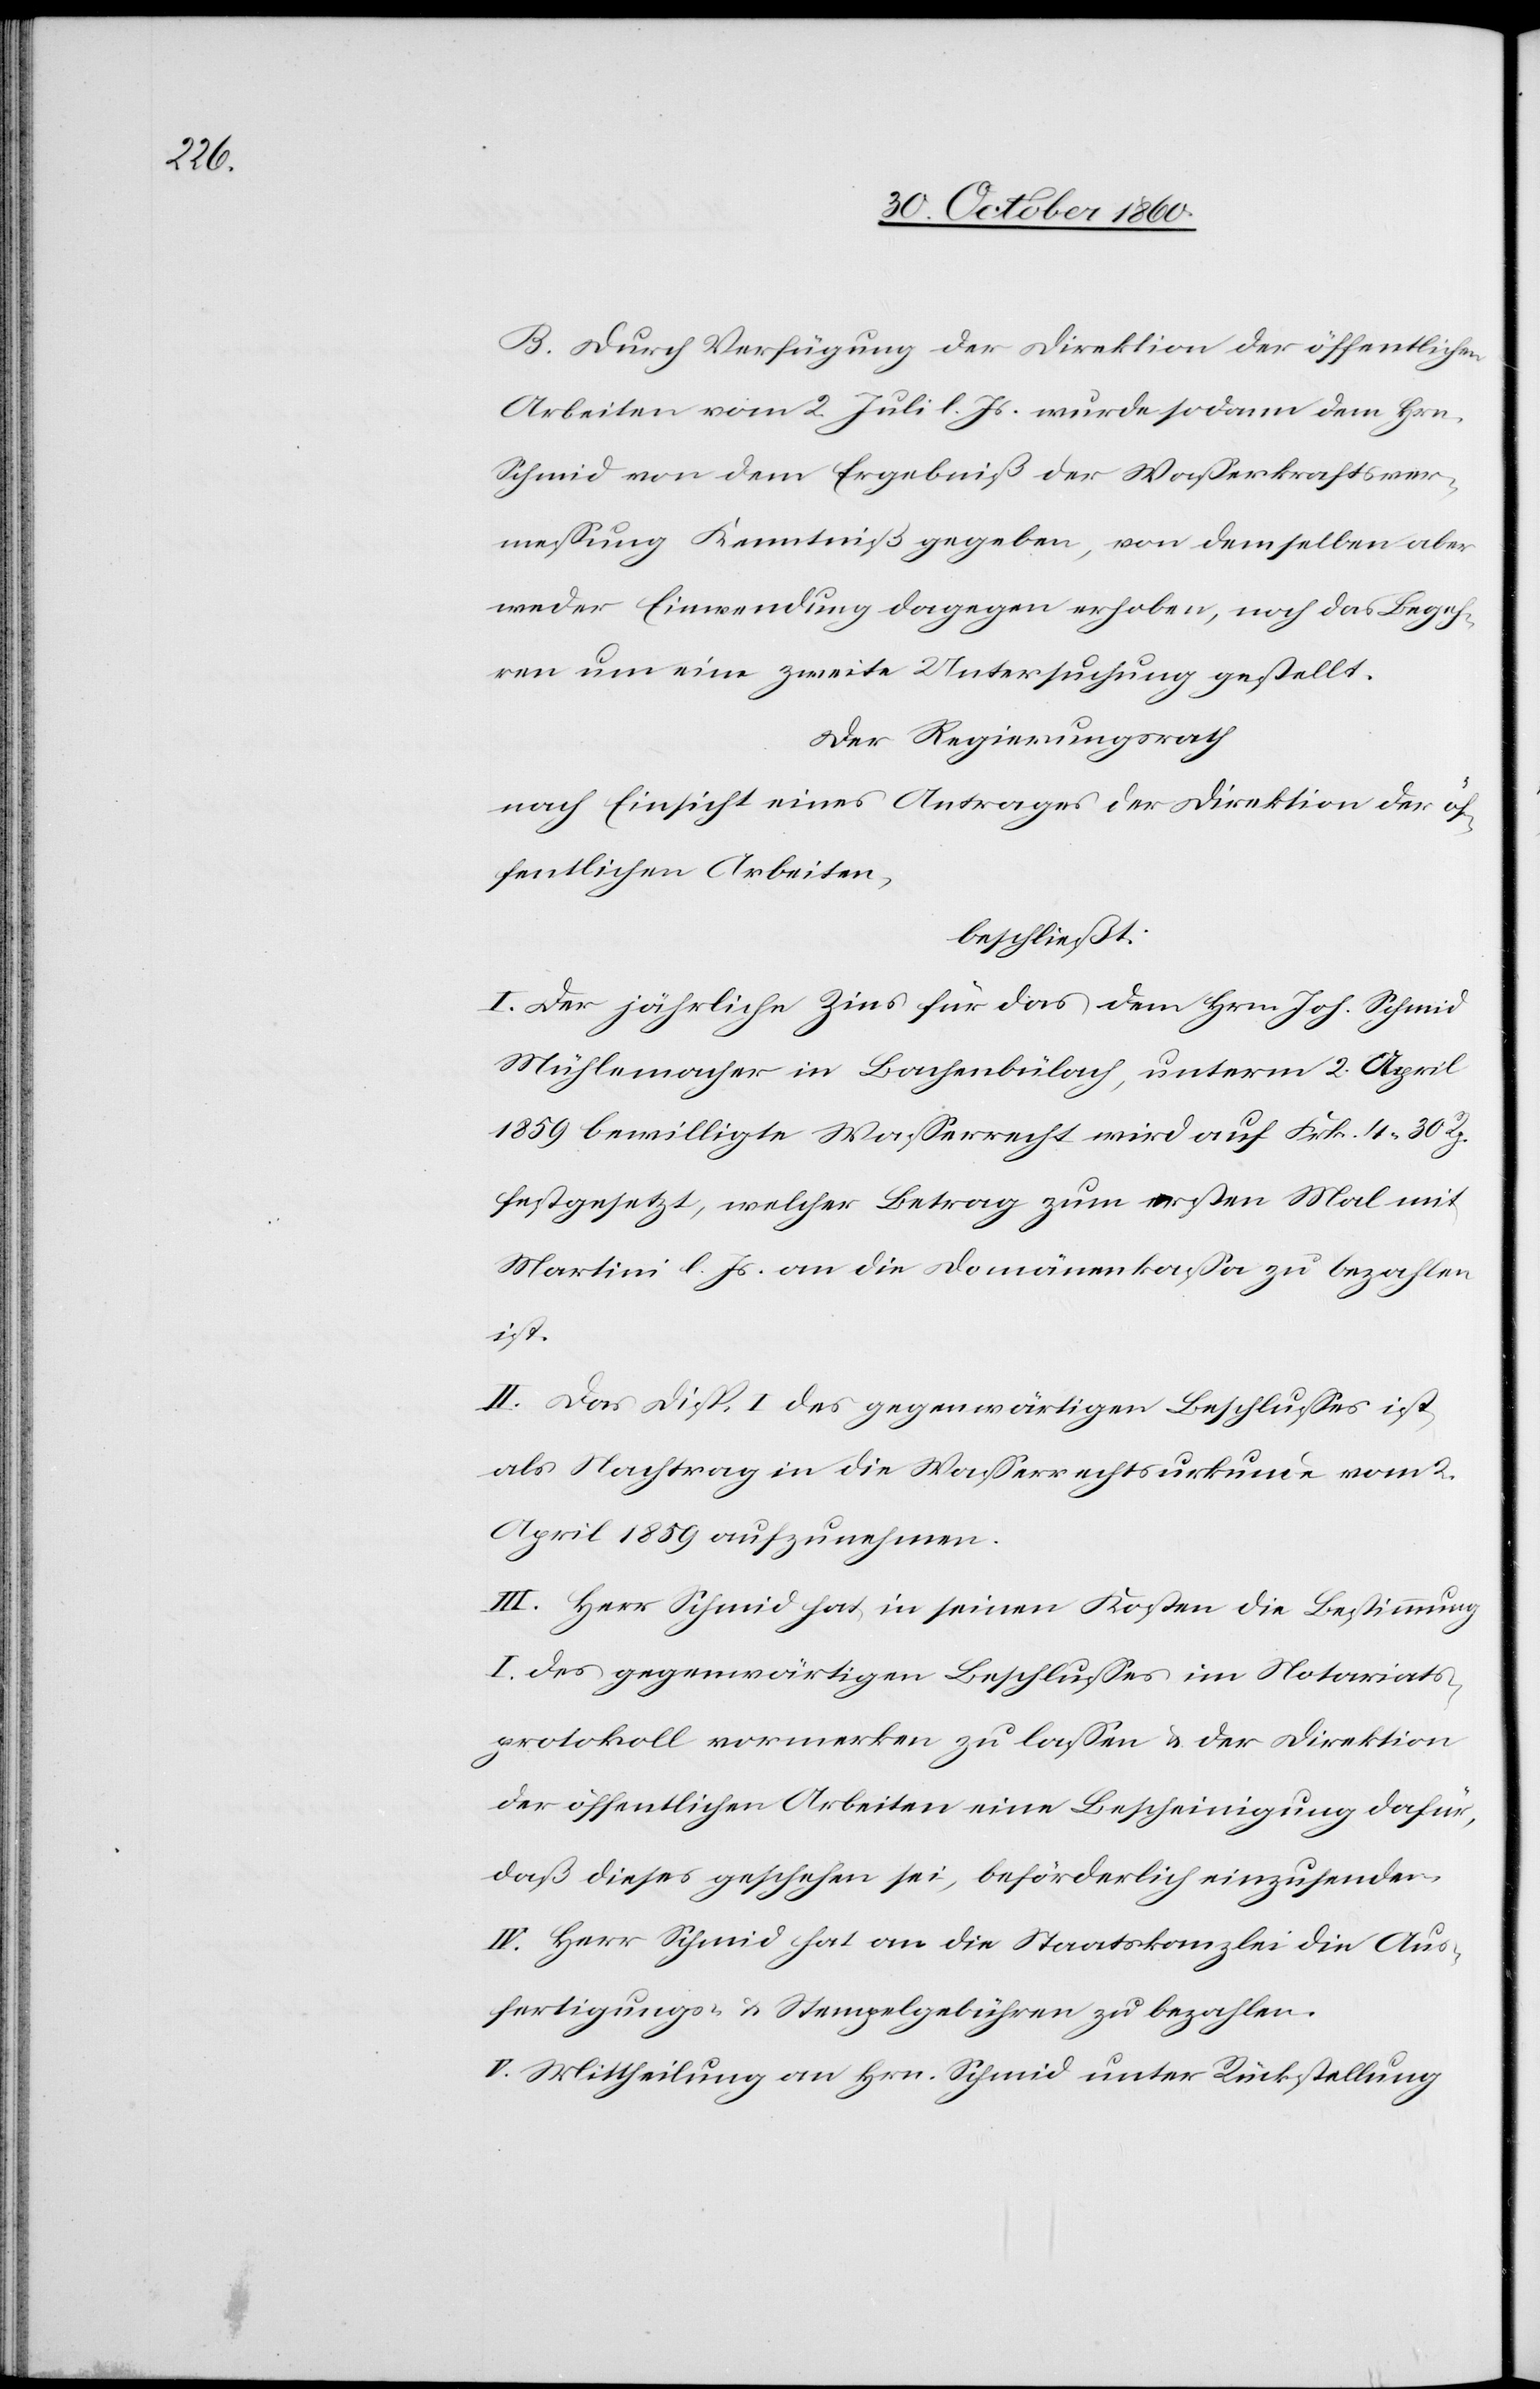
B. Durch Verfügung der Direktion der öffentlichen
Arbeiten vom 2. Juli l. Js. wurde sodann dem Hrn.
Schmid von dem Ergebniß der Wasserkraftsver¬
messung Kenntniß gegeben, von demselben aber
weder Einwendung dagegen erhoben, noch das Begeh¬
ren um, eine zweite Untersuchung gestellt.
Der Regierungsrath
nach Einsicht eines Antrages der Direktion der öf¬
fentlichen Arbeiten,
beschließt:
I. Der jährliche Zins für das dem Hrn. Joh. Schmid
Mühlemacher in Bachenbülach, unterm 2. April
1859 bewilligte Wasserrecht wird auf Frk. 4 30 Rp.
festgesetzt, welcher Betrag zum ersten mal mit
Martini l. Js. an die Domänenkassa zu bezahlen
ist.
II. Das Disp. I des gegenwärtigen Beschlusses ist,
als Nachtrag in die Wasserrechtsurkunde vom 2.
April 1859 aufzunehmen.
III. Herr Schmid hat in seinen Kosten die Bestimmung
I des gegenwärtigen Beschlusses im Notariats¬
protokoll vormerken zu lassen u. der Direktion
der öffentlichen Arbeiten eine Bescheinigung dafür,
daß dieses geschehen sei, beförderlich einzusenden.
IV. Herr Schmid hat an die Staatskanzlei die Aus¬
fertigungs- u. Stempelgebühren zu bezahlen.
V. Mittheilung an Hrn. Schmid unter Rückstellung